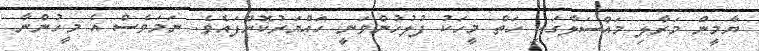
ޔާމީން މަރާލި މައްސަލާގައި ހަތް މީހަކު ފުލުހުންވަނީ ހައްޔަރުކޮށްފައެވެ. ނަމަވެސް އެ މީހުންނާ